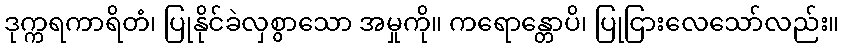
ဒုက္ကရကာရိတံ၊ ပြုနိုင်ခဲလှစွာသော အမှုကို။ ကရောန္တောပိ၊ ပြုငြားလေသော်လည်း။